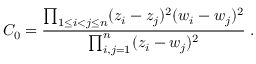
C _ { 0 } = \frac { \prod _ { 1 \leq i < j \leq n } ( z _ { i } - z _ { j } ) ^ { 2 } ( w _ { i } - w _ { j } ) ^ { 2 } } { \prod _ { i , j = 1 } ^ { n } ( z _ { i } - w _ { j } ) ^ { 2 } } \; .